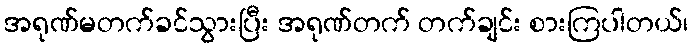
အရုဏ်မတက်ခင်သွားပြီး အရုဏ်တက် တက်ချင်း စားကြပါတယ်၊